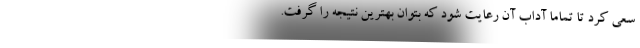
سعی کرد تا تماما آداب آن رعایت شود که بتوان بهترین نتیجه را گرفت.